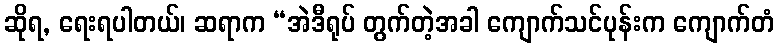
ဆိုရ, ရေးရပါတယ်၊ ဆရာက “အဲဒီရုပ် တွက်တဲ့အခါ ကျောက်သင်ပုန်းက ကျောက်တံ